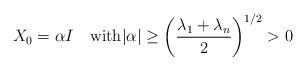
LaTeX: \begin{align*}X_0=\alpha I\quad\mbox{with}|\alpha|\geq \left(\frac{\lambda_1+\lambda_n}{2}\right)^{1/2}>0\end{align*}